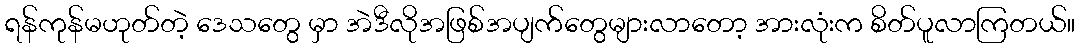
ရန်ကုန်မဟုတ်တဲ့ ဒေသတွေ မှာ အဲဒီလိုအဖြစ်အပျက်တွေများလာတော့ အားလုံးက စိတ်ပူလာကြတယ်။